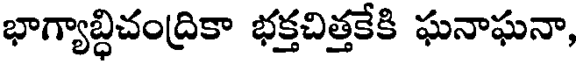
భాగ్యాబ్ధిచంద్రికా భక్తచిత్తకేకి ఘనాఘనా,